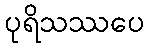
ပုရိသဿပေ